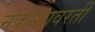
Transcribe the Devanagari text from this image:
नकाशावरती